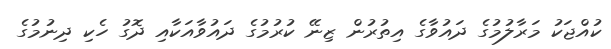
ކުއްޖަކު މަރާލުމުގެ ދައުވާގެ އިތުރުން ޒިނޭ ކުރުމުގެ ދައުވާއަކާއި ދޮގު ހެކި ދިނުމުގެ